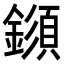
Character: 𨬗